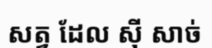
សត្វ ដែល ស៊ី សាច់